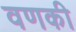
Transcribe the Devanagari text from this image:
वणकी